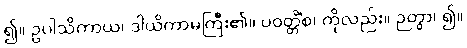
၍။ ဥပါသိကာယ၊ ဒါယိကာမကြီး၏။ ပဝတ္တိံစ၊ ကိုလည်း။ ဉတွာ၊ ၍။